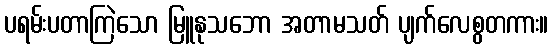
ပရမ်းပတာကြဲသော မြူနုသဘော အတာမသတ် ပျက်လေစွတကား။